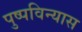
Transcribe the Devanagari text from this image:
पुष्पविन्यास